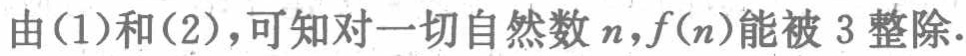
由(1)和(2)，可知对一切自然数\(n\)，\(f(n)\)能被 \(3\) 整除.